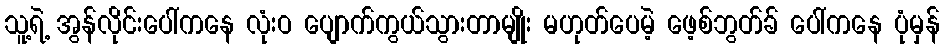
သူ့ရဲ့ အွန်လိုင်းပေါ်ကနေ လုံးဝ ပျောက်ကွယ်သွားတာမျိုး မဟုတ်ပေမဲ့ ဖေ့စ်ဘွတ်ခ် ပေါ်ကနေ ပုံမှန်